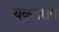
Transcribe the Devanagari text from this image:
यकृतराग